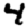
Digit: 4